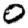
Digit: 0